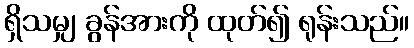
ရှိသမျှ ခွန်အားကို ထုတ်၍ ရုန်းသည်။